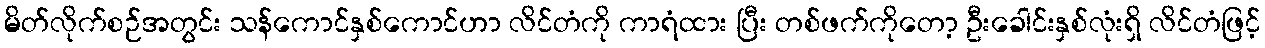
မိတ်လိုက်စဉ်အတွင်း သန်ကောင်နှစ်ကောင်ဟာ လိင်တံကို ကာရံထား ပြီး တစ်ဖက်ကိုတော့ ဦးခေါင်းနှစ်လုံးရှိ လိင်တံဖြင့်